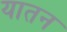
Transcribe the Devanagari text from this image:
यातन